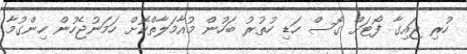
ހުރި ޖައިގާ ފޯޓަށް ގޮސް ހަޑި ހުތުރު ބަހުން މުއާމަލާތްކޮށް ހަމަނުޖެހުން ހިންގުމާ